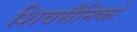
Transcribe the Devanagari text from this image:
शिवसैनिकों